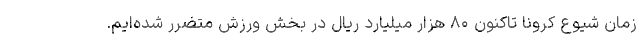
زمان شیوع کرونا تاکنون ۸۰ هزار میلیارد ریال در بخش ورزش متضرر شده‌ایم.